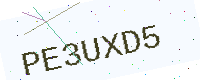
Text: PE3UXD5